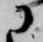
に